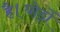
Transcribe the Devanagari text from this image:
है।घोड़ों